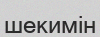
шекимін